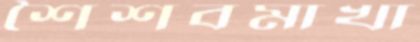
শৈশবমাখা